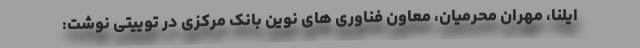
ایلنا، مهران محرمیان، معاون فناوری های نوین بانک مرکزی در توییتی نوشت: